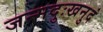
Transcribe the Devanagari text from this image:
जन्मदुःखनुदं